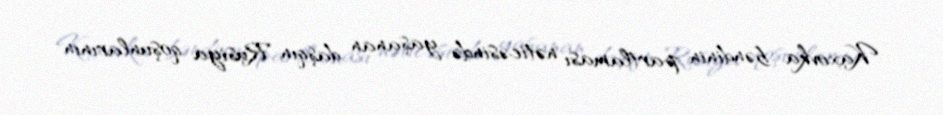
Kaxovka bəndinin partlaması nəticəsində yaşanan daşqın Rusiya qoşunlarının